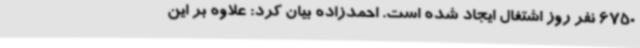
6750 نفر روز اشتغال ایجاد شده است. احمدزاده بیان کرد: علاوه بر این